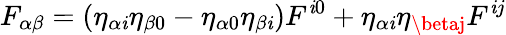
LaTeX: F_{\alpha\beta}=\left(\eta_{\alpha\mathit{i}}\eta_{\beta0}-\eta_{\alpha0}\eta_{\beta\mathit{i}}\right)F^{\mathit{i}0}+\eta_{\alpha\mathit{i}}\eta_{\betaj}F^{\mathit{i}j}